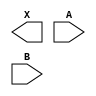
module sky130_fd_sc_ls__and2 (
    X,
    A,
    B
);

    output X;
    input  A;
    input  B;

    // Voltage supply signals
    supply1 VPWR;
    supply0 VGND;
    supply1 VPB ;
    supply0 VNB ;

endmodule